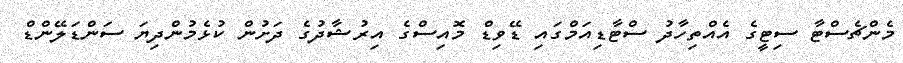
މެންޗެސްޓާ ސިޓީގެ އެއްތިހާދު ސްޓާޑިއަމްގައި ޑޭވިޑް މޮއިސްގެ އިރުޝާދުގެ ދަށުން ކުޅެމުންދިޔަ ސަންޑަލޭންޑް